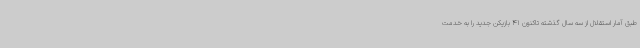
طبق آمار استقلال از سه سال گذشته تاکنون 41 بازیکن جدید را به خدمت